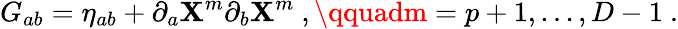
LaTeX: G_{ab}=\eta_{ab}+\partial_{a}\mathbf{X}^{m}\partial_{b}\mathbf{X}^{m}\ ,\qquadm=p+1,\ldots,D-1\ .